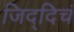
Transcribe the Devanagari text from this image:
जिद्दिचं